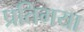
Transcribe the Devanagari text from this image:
प्रतिगया